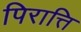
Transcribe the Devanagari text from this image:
पिरात्ति